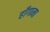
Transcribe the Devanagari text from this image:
हाँगामा